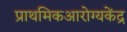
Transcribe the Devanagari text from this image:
प्राथमिकआरोग्यकेंद्र